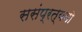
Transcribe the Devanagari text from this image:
ससंप्रत्ययो